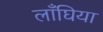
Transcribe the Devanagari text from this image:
लाँघिया